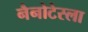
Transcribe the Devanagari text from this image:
नैनोटेस्ला